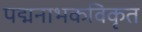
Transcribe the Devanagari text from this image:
पद्मनाभकविकृत